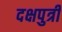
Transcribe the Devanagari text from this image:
दक्षपुत्री